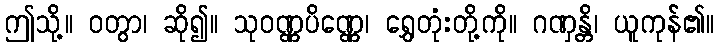
ဤသို့။ ဝတွာ၊ ဆို၍။ သုဝဏ္ဏပိဏ္ဏေ၊ ရွှေတုံးတို့ကို။ ဂဏှန္တိ၊ ယူကုန်၏။